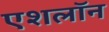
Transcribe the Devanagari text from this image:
एशलॉन